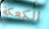
الكعكة